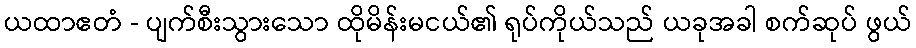
ယထာဧတံ - ပျက်စီးသွားသော ထိုမိန်းမငယ်၏ ရုပ်ကိုယ်သည် ယခုအခါ စက်ဆုပ် ဖွယ်